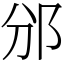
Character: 邠